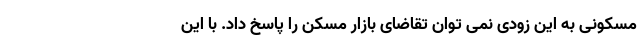
مسکونی به این زودی نمی توان تقاضای بازار مسکن را پاسخ داد. با این